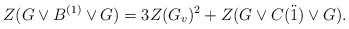
\begin{align*} Z(G\vee B^{(1)}\vee G)=3Z(G_v)^2+Z(G\vee C(\ddot1) \vee G). \end{align*}